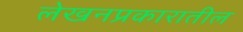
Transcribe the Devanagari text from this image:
लेखनप्रकारातील